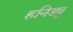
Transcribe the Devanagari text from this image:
हनिड्यू